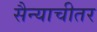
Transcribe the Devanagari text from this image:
सैन्याचीतर